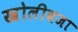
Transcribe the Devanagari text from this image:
खोलीवजा